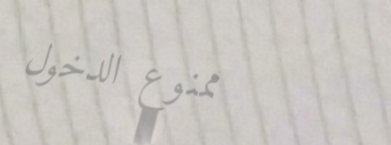
ممنوع الدخول